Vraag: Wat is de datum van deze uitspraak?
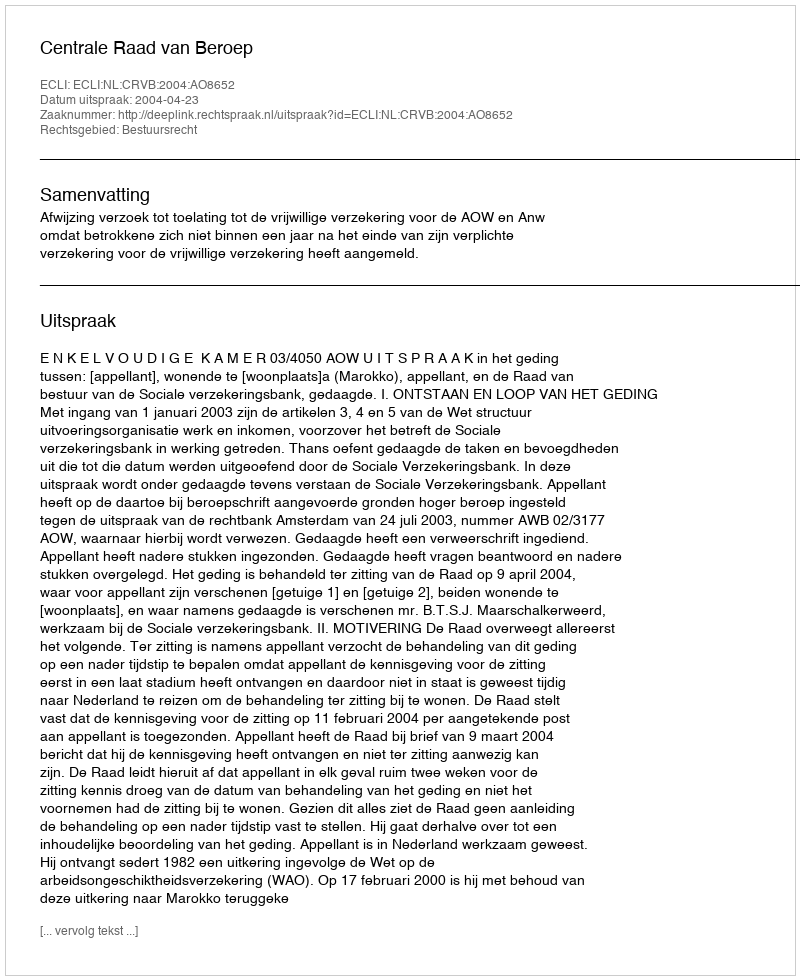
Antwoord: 2004-04-23